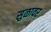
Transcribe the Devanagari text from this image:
सुळावर